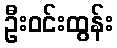
ဦးဝင်းထွန်း